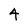
Character: 4